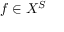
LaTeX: f \in X ^ { S }